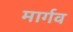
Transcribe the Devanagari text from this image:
मार्गव